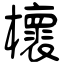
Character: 櫰